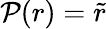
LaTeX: \mathcal{P}(r)=\tilde{r}